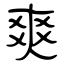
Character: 爽